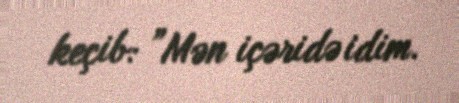
keçib: ”Mən içəridə idim.